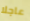
عاجلا